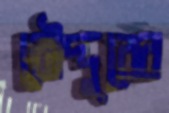
রৌদ্দুরের